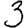
Digit: 3